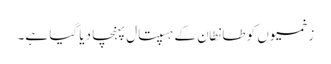
زخمیوں کو طانطان کے ہسپتال پہنچا دیا گیا ہے۔